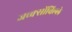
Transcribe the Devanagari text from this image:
जच्क्सोंविल्ले